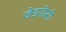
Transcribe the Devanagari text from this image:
जेडपीसी